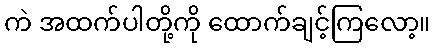
ကဲ အထက်ပါတို့ကို ထောက်ချင့်ကြလော့။